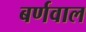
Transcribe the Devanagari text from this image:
बर्णवाल